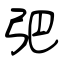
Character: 弝